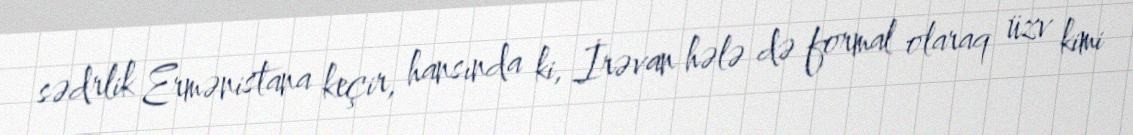
sədrlik Ermənistana keçir, hansında ki, İrəvan hələ də formal olaraq üzv kimi